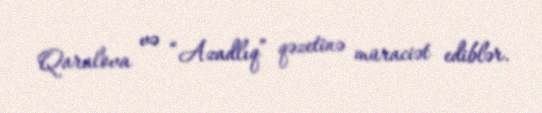
Qaralova və “Azadlıq” qəzetinə müraciət ediblər.